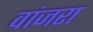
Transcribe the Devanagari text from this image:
वांजरा